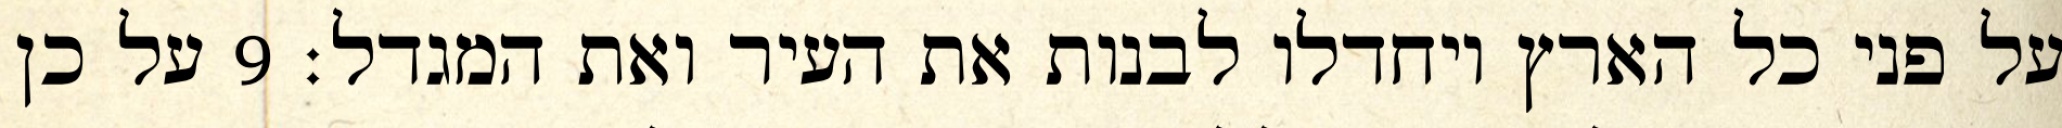
על פני כל הארץ ויחדלו לבנות את העיר ואת המגדל׃ ‎9‏ על כן